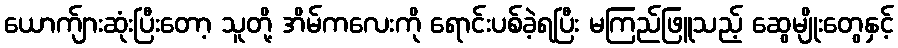
ယောက်ျားဆုံးပြီးတော့ သူတို့ အိမ်ကလေးကို ရောင်းပစ်ခဲ့ရပြီး မကြည်ဖြူသည့် ဆွေမျိုးတွေနှင့်